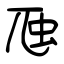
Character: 虺